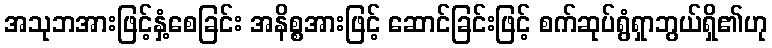
အသုဘအားဖြင့်နှံ့စေခြင်း အနိစ္စအားဖြင့် ဆောင်ခြင်းဖြင့် စက်ဆုပ်ရွံရှာဘွယ်ရှိ၏ဟု